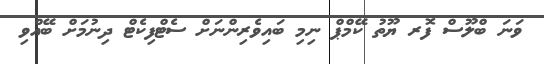
ވަނަ ބްލޫސް ފޮރ ޔޫތު ކޭމްޕް ނިމި ބައިވެރިންނަށް ސެޓްފިކެޓް ދިނުމަށް ބޭއްވި